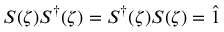
S ( \zeta ) S ^ { \dagger } ( \zeta ) = S ^ { \dagger } ( \zeta ) S ( \zeta ) = { \hat { 1 } }